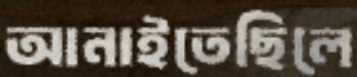
আনাইতেছিলে